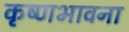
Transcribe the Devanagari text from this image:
कृष्णभावना